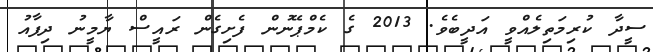
ސީދާ ކުރިމަތިލެއްވީ އަދީބެވެ. 2013 ގެ ކެމްޕޭނުން ފެށިގެން ރައީސް ޔާމީނު ދިފާއު